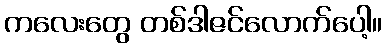
ကလေးတွေ တစ်ဒါဇင်လောက်ပေါ့။